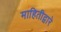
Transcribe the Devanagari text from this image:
माहितीद्वारे